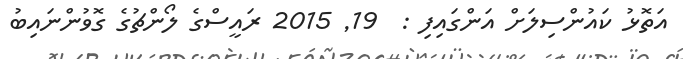
އަތޮޅު ކައުންސިލަށް އަންގައިފި :  19